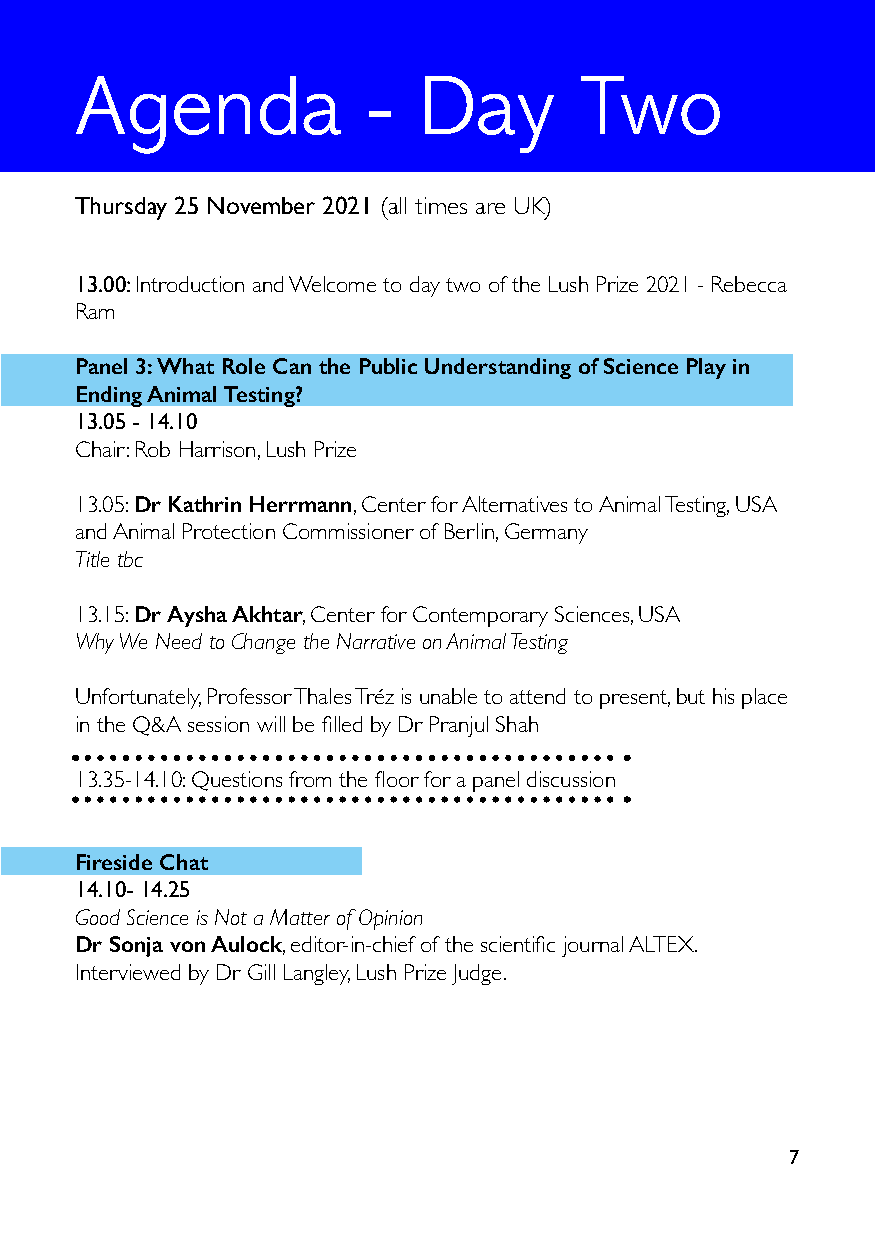
Agenda             -   Day       Two
 Thursday 25 November 2021 (all times are UK)
 13.00: Introduction and Welcome to day two of the Lush Prize 2021 - Rebecca
 Ram
 Panel 3: What Role Can the Public Understanding of Science Play in
 Ending Animal Testing?
 13.05 - 14.10
 Chair: Rob Harrison, Lush Prize
 13.05: Dr Kathrin Herrmann, Center for Alternatives to Animal Testing, USA
 and Animal Protection Commissioner of Berlin, Germany
 Title tbc
 13.15: Dr Aysha Akhtar, Center for Contemporary Sciences, USA
 Why We Need to Change the Narrative on Animal Testing
 Unfortunately, Professor Thales Tréz is unable to attend to present, but his place
 in the Q&A session will be filled by Dr Pranjul Shah
 13.35-14.10: Questions from the floor for a panel discussion
 Fireside Chat
 14.10- 14.25
 Good Science is Not a Matter of Opinion
 Dr Sonja von Aulock, editor-in-chief of the scientific journal ALTEX.
 Interviewed by Dr Gill Langley, Lush Prize Judge.
 7